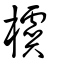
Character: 𣝛